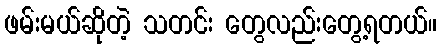
ဖမ်းမယ်ဆိုတဲ့ သတင်း တွေလည်းတွေ့ရတယ်။